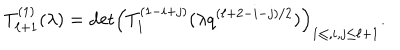
T _ { \ell + 1 } ^ { ( 1 ) } ( \lambda ) = \mathrm { d e t } \Bigl ( T _ { 1 } ^ { ( 1 - i + j ) } ( \lambda q ^ { ( \ell + 2 - i - j ) / 2 } ) \Bigr ) _ { 1 \le , i , j \le \ell + 1 } .